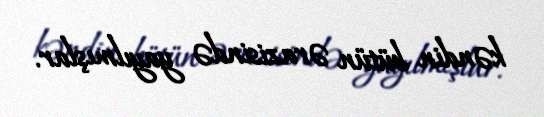
kəndin bütün ərazisində yayılmışlar.